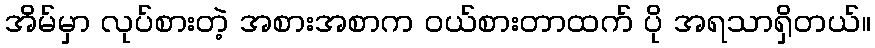
အိမ်မှာ လုပ်စားတဲ့ အစားအစာက ဝယ်စားတာထက် ပို အရသာရှိတယ်။